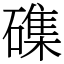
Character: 磼